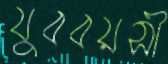
যুববয়সী